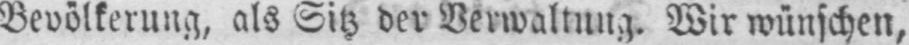
Bevölkerung, als Sitz der Verwaltung. Wir wünschen,